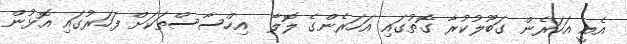
އެއީ އަހަރެން ގަބޫލުކުރާ ގޮތުގައި އަހަރެންގެ ލޮލާ  އިހްސާސްތަކަށް ފަހަރުގައި އޮޅުން